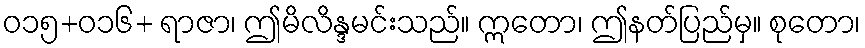
ဝ၁၅+ဝ၁၆+ ရာဇာ၊ ဤမိလိန္ဒမင်းသည်။ ဣတော၊ ဤနတ်ပြည်မှ။ စုတော၊